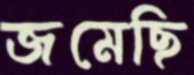
জমেছি